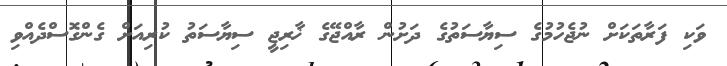
ވަކި ފަރާތަކަށް ނުޖެހުމުގެ ސިޔާސަތުގެ ދަށުން ރާއްޖޭގެ ޚާރިޖީ ސިޔާސަތު ކުރިއަށް ގެންގޮސްދެއްވި